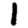
Digit: 1